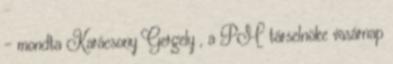
- mondta Karácsony Gergely , a PM társelnöke vasárnap